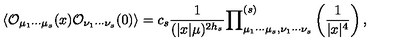
\langle { \cal O } _ { \mu _ { 1 } \cdots \mu _ { s } } ( x ) { \cal O } _ { \nu _ { 1 } \cdots \nu _ { s } } ( 0 ) \rangle = c _ { s } \frac { 1 } { ( | x | \mu ) ^ { 2 h _ { s } } } { \prod } _ { \mu _ { 1 } \cdots \mu _ { s } , \nu _ { 1 } \cdots \nu _ { s } } ^ { ( s ) } \left( \frac { 1 } { | x | ^ { 4 } } \right) ,